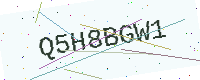
Text: Q5H8BGW1